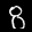
Label: 8